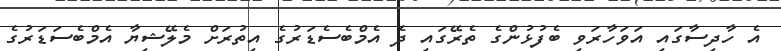
އެ ހާދިސާގައި އަވަހާރަވި ބެފުޅުންގެ ތެރޭގައި ދެ އެމްބެސެޑަރުގެ އިތުރަށް މެލޭޝިޔާ އެމްބެސަޑަރުގެ